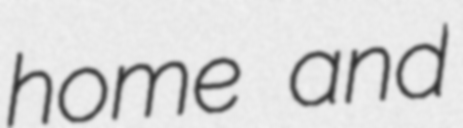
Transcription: home and